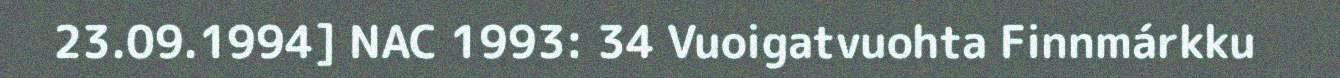
23.09.1994] NAC 1993: 34 Vuoigatvuohta Finnmárkku